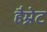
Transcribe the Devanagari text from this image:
हैम्नेट